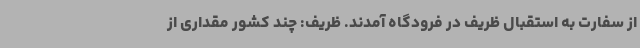
از سفارت به استقبال ظریف در فرودگاه آمدند. ظریف: چند کشور مقداری از